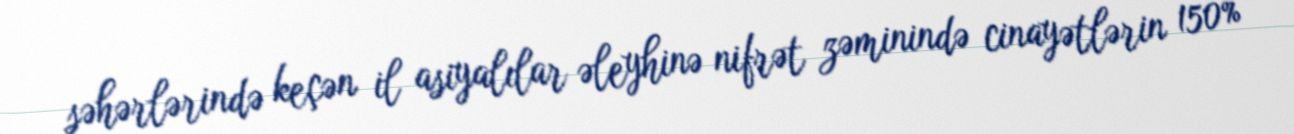
şəhərlərində keçən il asiyalılar əleyhinə nifrət zəminində cinayətlərin 150%